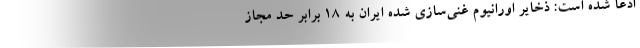
ادعا شده است: ذخایر اورانیوم غنی‌سازی شده ایران به ۱۸ برابر حد مجاز